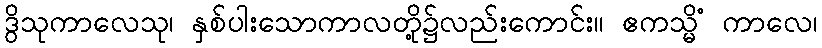
ဒွိသုကာလေသု၊ နှစ်ပါးသောကာလတို့၌လည်းကောင်း။ ဧကသ္မိံ ကာလေ၊